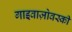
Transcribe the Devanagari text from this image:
गाइवाज़ोवस्की